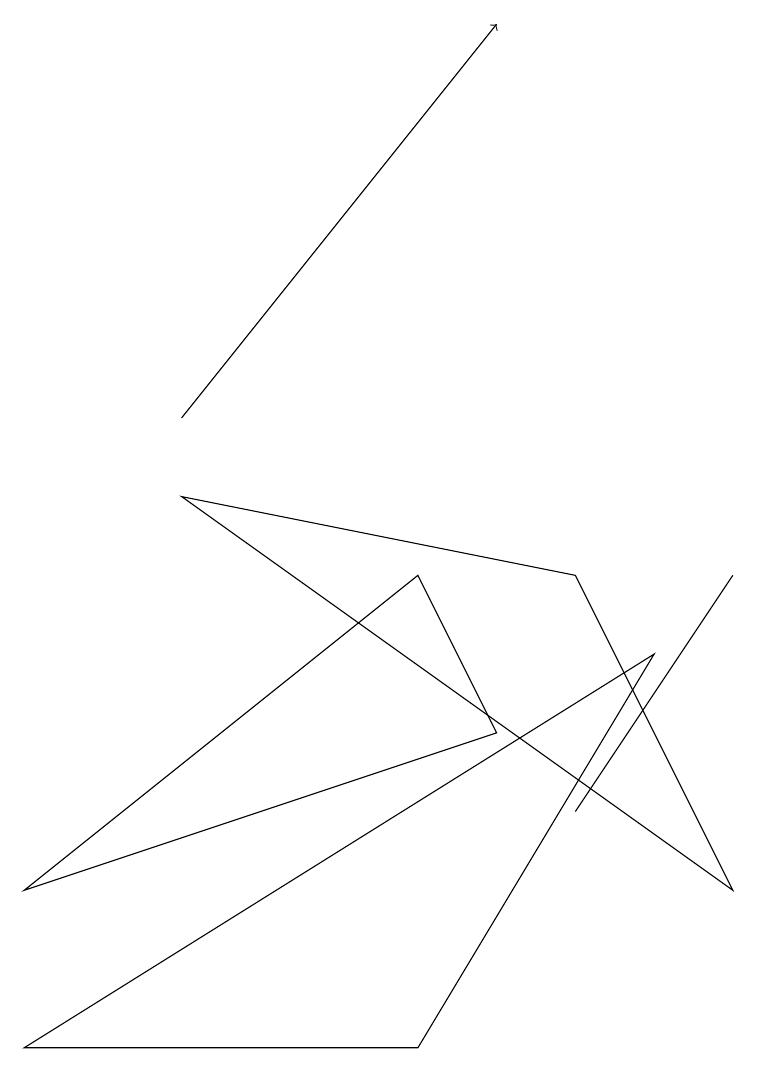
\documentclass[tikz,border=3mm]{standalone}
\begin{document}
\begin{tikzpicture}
\draw (7,5) -- (7,5) -- (9,8) -- cycle;
\draw[->] (2,10) -- (6,15);
\draw (5,8) -- (6,6) -- (0,4) -- cycle;
\draw (8,7) -- (0,2) -- (5,2) -- cycle;
\draw (9,4) -- (7,8) -- (2,9) -- cycle;
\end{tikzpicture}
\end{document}